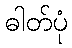
ဓါတ်ပုံ